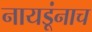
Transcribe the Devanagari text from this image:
नायडूंनाच